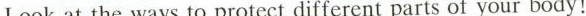
Look at the ways to protect different parts of your body!